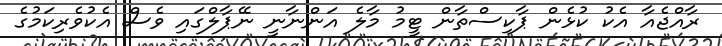
ރާއްޖެއާ އެކު ކުޅެން ޕާކިސްތާން ޓީމު މާލެ އަންނާނީ ނޭޕާލްގައި ވެސް އެކުވެރިކަމުގެ